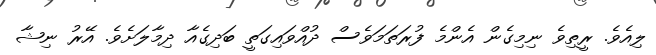
ލިއެވެ. ރީތިވެ ނިމިގެން އެންމެ ފުރަތަމަވެސް ދުއްވައިގަތީ ބަދިގެއާ ދިމާލަށެވެ. އޭރު ނިޝާ